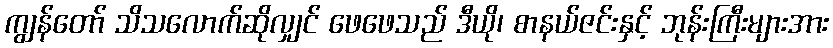
ကျွန်တော် သိသလောက်ဆိုလျှင် ဖေဖေသည် ဒီယို၊ စာနယ်ဇင်းနှင့် ဘုန်းကြီးများအား